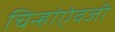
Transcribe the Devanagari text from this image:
चिन्हांऐवजी